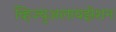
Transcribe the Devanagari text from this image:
व्हिज्युअलायझेशन